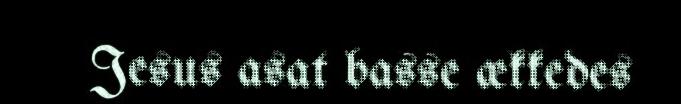
Jesus asat basse ækkedes